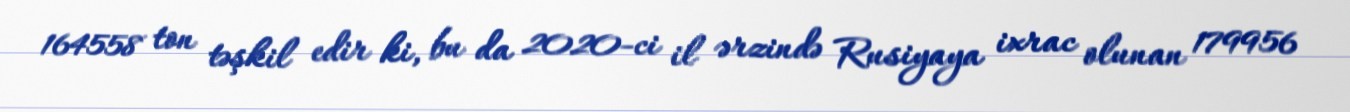
164558 ton təşkil edir ki, bu da 2020-ci il ərzində Rusiyaya ixrac olunan 179956